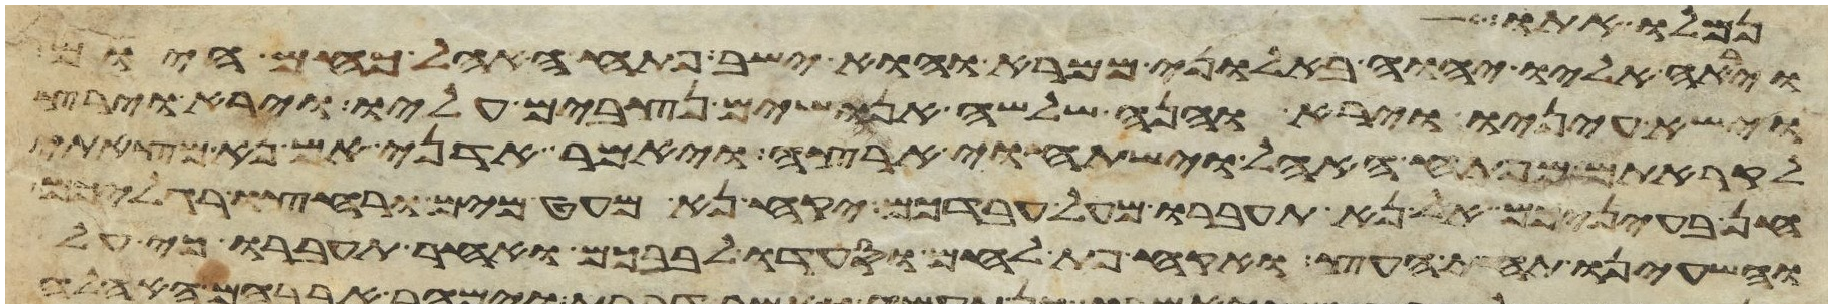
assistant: וירא אליו יהוה באלוני ממרא והוא ישב פתח האהל כחם היום
וישא עיניו וירא והנה שלשה אנושים נצבים עליו וירא וירץ
לקראתם מפתח האהל וישתחוי ארצה ויאמר אדני אם נא מצאתי
חן בעיניכם אל נא תעברו מעל עבדכם יקח נא מעט מים ורחצו רגליכם
והשעינו תחת העץ ואקח פת לחם וסעדו לבבכם ואחר תעברו כי על